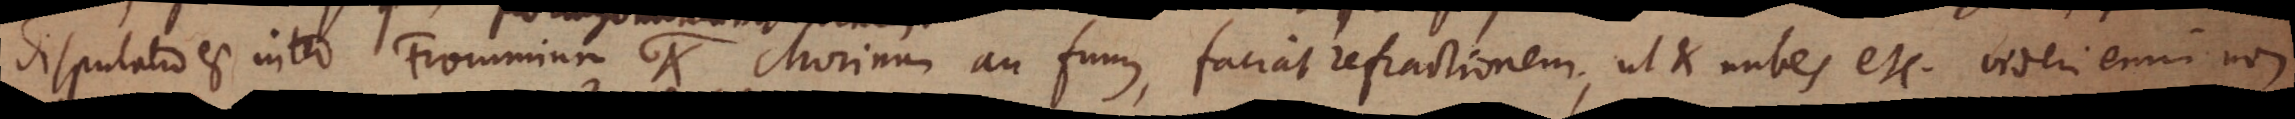
Disputatio est inter Frommium et Morinum an fumus faciat refractionem, ut et nubes etc. videri enim non